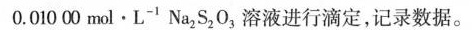
0.01000mol \cdot L^{-1} Na_{2} S_{2} O_{3}溶液进行滴定，记录数据。